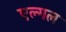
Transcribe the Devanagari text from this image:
एल्गल